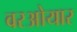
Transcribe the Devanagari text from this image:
वरओयार